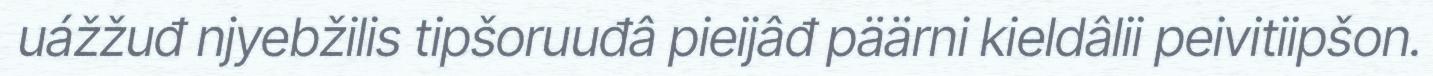
uážžuđ njyebžilis tipšoruuđâ pieijâđ päärni kieldâlii peivitiipšon.